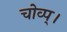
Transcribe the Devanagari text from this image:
चोव्प्।